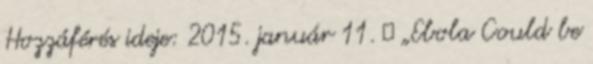
Hozzáférés ideje: 2015. január 11. ↑ „Ebola Could be